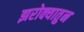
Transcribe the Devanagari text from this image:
झरोक्यातुन